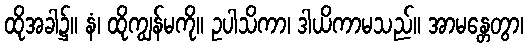
ထိုအခါ၌။ နံ၊ ထိုကျွန်မကို။ ဥပါသိကာ၊ ဒါယိကာမသည်။ အာမန္တေတွာ၊